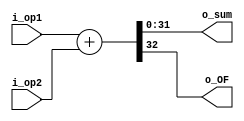
`timescale 1ns / 1ps
//////////////////////////////////////////////////////////////////////////////////
// Company: 
// Engineer: 
// 
// Design Name: 
// Module Name: adder
// Project Name: 
// Target Devices: 
// Tool Versions: 
// Description: 
// 
// Dependencies: 
// 
// Revision:
// Revision 0.01 - File Created
// Additional Comments:
// 
//////////////////////////////////////////////////////////////////////////////////


module adder #
                (
                    parameter DATA_WIDTH    = 32
                )
                (
                    input  [DATA_WIDTH-1:0] i_op1,
                    input  [DATA_WIDTH-1:0] i_op2,
                    output reg [DATA_WIDTH-1:0] o_sum,
                    output reg o_OF
                );

    always @(*) begin
        {o_OF, o_sum} = i_op1 + i_op2; 
    end
endmodule  //adder